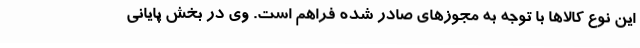
این نوع کالاها با توجه به مجوزهای صادر شده فراهم است. وی در بخش پایانی